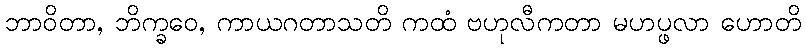
ဘာဝိတာ, ဘိက္ခဝေ, ကာယဂတာသတိ ကထံ ဗဟုလီကတာ မဟပ္ဖလာ ဟောတိ